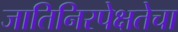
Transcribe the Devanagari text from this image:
जातिनिरपेक्षतेचा